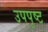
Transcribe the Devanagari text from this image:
उपपृष्ट